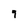
Character: 9